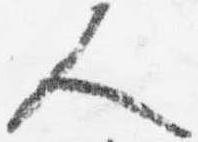
人